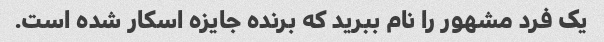
یک فرد مشهور را نام ببرید که برنده جایزه اسکار شده است.